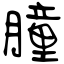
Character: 膧